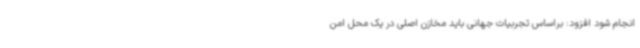
انجام شود افزود: براساس تجربیات جهانی باید مخازن اصلی در یک محل امن